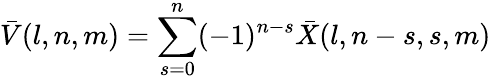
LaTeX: \bar{V}(l,n,m)=\sum_{s=0}^{n}(-1)^{n-s}\bar{X}(l,n-s,s,m)